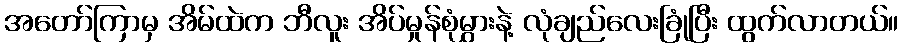
အတော်ကြာမှ အိမ်ထဲက ဘီလူး အိပ်မှုန်စုံမွှားနဲ့ လုံချည်လေးခြုံပြီး ထွက်လာတယ်။